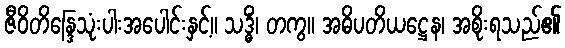
ဇီဝိတိန္ဒြေသုံးပါးအပေါင်းနှင့်။ သဒ္ဓိံ၊ တကွ။ အဓိပတိယဋ္ဌေန၊ အစိုးရသည်၏